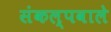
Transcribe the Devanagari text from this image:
संकल्पवाले